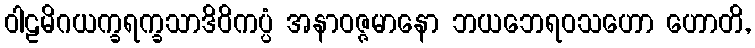
ဝါဠမိဂယက္ခရက္ခသာဒိဝိကပ္ပံ အနာဝဇ္ဇမာနော ဘယဘေရဝသဟော ဟောတိ,